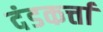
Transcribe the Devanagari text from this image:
दंडकर्त्ता